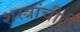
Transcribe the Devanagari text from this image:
शस्त्रांचीही